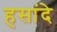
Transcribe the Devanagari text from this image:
हसांदे